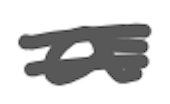
Text: a
Cross-out: double-line
Writing tool: digital_gray